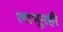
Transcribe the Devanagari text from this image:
लाभूनही